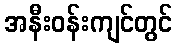
အနီးဝန်းကျင်တွင်